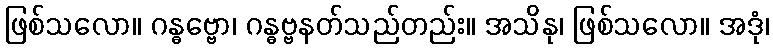
ဖြစ်သလော။ ဂန္ဓဗ္ဗော၊ ဂန္ဓဗ္ဗနတ်သည်တည်း။ အသိနု၊ ဖြစ်သလော။ အဒုံ၊